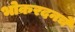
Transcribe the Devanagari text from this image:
भोकरदनचे